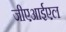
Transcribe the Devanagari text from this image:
जीएआईएल